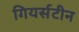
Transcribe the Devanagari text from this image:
गियर्सटीन